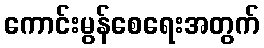
ကောင်းမွန်စေရေးအတွက်